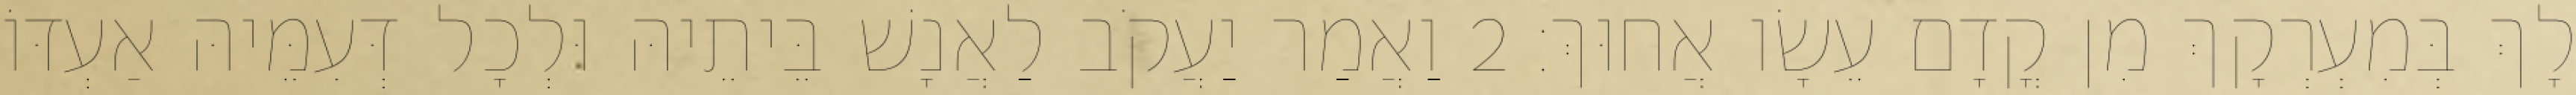
לָךְ בְּמִעְרְקָךְ מִן קֳדָם עֵשָׂו אֲחוּךְ׃ 2 וַאֲמַר יַעֲקֹב לַאֲנָשׁ בֵּיתֵיהּ וּלְכָל דְּעִמֵּיהּ אַעְדּוֹ